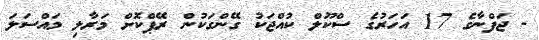
- ޖަފްނާގެ 17 އަހަރުގެ ސްކޫލް ކުއްޖަކު ގޭންގަކުން ރޭޕްކޮށް މަރާލި މައްސަލަ